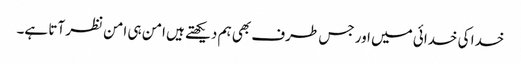
خدا کی خدائی میں اور جس طرف بھی ہم دیکھتے ہیں امن ہی امن نظر آتا ہے۔